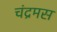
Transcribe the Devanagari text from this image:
चंद्रमस